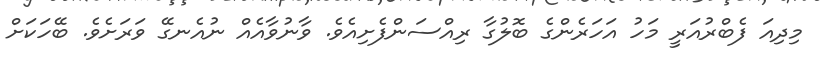
މިދިއަ ފެބްރުއަރީ މަހު އަހަރެންގެ ބޮލުގާ ރިއްސަންފެށިއެވެ. ވާނުވާއެއް ނުއެނގޭ ވަރަށެވެ. ބޭހަކަށް